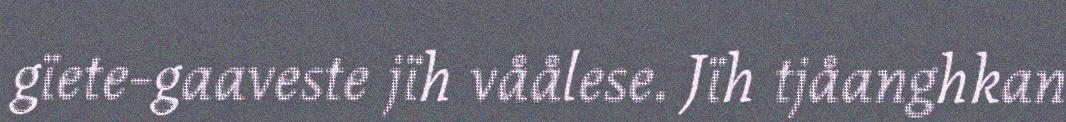
gïete-gaaveste jïh våålese. Jïh tjåanghkan